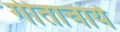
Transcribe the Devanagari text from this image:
गीताचार्य